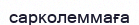
сарколеммаға